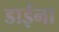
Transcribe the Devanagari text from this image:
डाईना